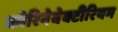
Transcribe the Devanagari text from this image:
कोरिनेबेक्टीरियम